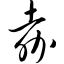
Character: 嘉